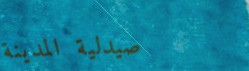
صيدلية المدينة